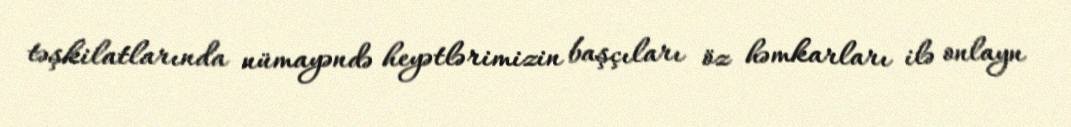
təşkilatlarında nümayəndə heyətlərimizin başçıları öz həmkarları ilə onlayn